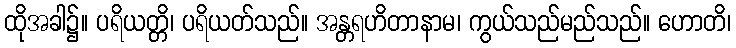
ထိုအခါ၌။ ပရိယတ္တိ၊ ပရိယတ်သည်။ အန္တရဟိတာနာမ၊ ကွယ်သည်မည်သည်။ ဟောတိ၊